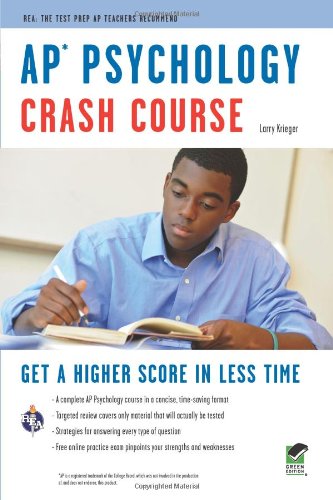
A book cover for APÂ® Psychology Crash Course Book + Online (Advanced Placement (AP) Crash Course); Larry Krieger; History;